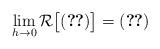
LaTeX: \begin{align*}\lim_{h\to 0} \mathcal R\bigl[\eqref{ah duh}\bigr]=\eqref{duhamel 1} \end{align*}